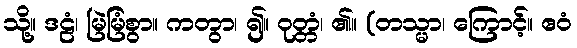
သို့။ ဒဠံ၊ မြဲမြံစွာ။ ကတွာ၊ ၍။ ဝုတ္တံ၊ ၏။ (တသ္မာ၊ ကြောင့်။ ဧဝံ